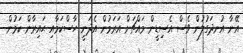
އޭނާ އުނދަގުލުން ވެސް އެސިޑީން މައްޗަށް އަރަމުން އެދަނީ ހާސްކަމާއި ޙައިރާން ކަމުން